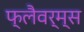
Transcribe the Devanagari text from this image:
फ्लैवर्म्स